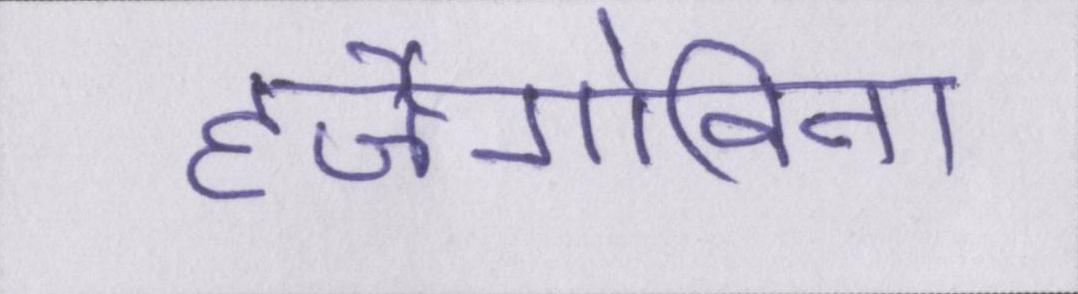
हर्जेगोविना